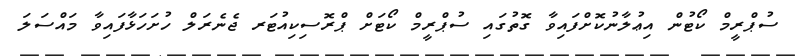
ސުޕްރީމް ކޯޓުން އިޢުލާނުކޮށްފައިވާ ގޮތުގައި ސުޕްރީމް ކޯޓަށް ޕްރޮސިކިއުޓަރ ޖެނެރަލް ހުށަހަޅާފައިވާ މައްސަލަ